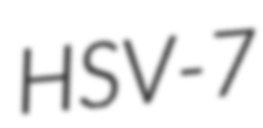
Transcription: HSV-7